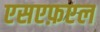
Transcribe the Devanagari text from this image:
एसएफ़एल